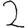
Digit: 2